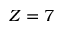
Z = 7